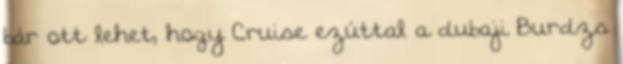
bár ott lehet, hogy Cruise ezúttal a dubaji Burdzs